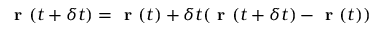
\textbf { r } ( t + \delta t ) = \textbf { r } ( t ) + \delta t ( \textbf { r } ( t + \delta t ) - \textbf { r } ( t ) )